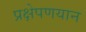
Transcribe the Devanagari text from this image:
प्रक्षेपणयान